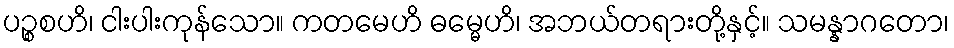
ပဉ္စစဟိ၊ ငါးပါးကုန်သော။ ကတမေဟိ ဓမ္မေဟိ၊ အဘယ်တရားတို့နှင့်။ သမန္နာဂတော၊